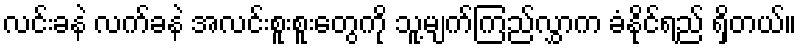
လင်းခနဲ လက်ခနဲ အလင်းစူးစူးတွေကို သူ့မျက်ကြည်လွှာက ခံနိုင်ရည် ရှိတယ်။